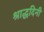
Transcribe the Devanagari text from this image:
श्राद्धदिनी